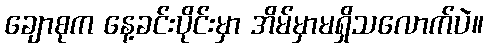
ချောစုက နေ့ခင်းပိုင်းမှာ အိမ်မှာမရှိသလောက်ပဲ။